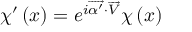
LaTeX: \chi ^ { \prime } \left( x \right) = e ^ { i \overrightarrow { \alpha ^ { \prime } } \cdot \overrightarrow { V } } \chi \left( x \right)